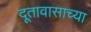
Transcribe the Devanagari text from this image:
दूतावासाच्या